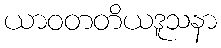
ယာဝတတိယဒူသနာ